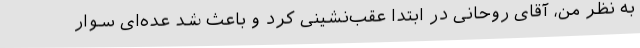
به نظر من، آقای روحانی در ابتدا عقب‌نشینی کرد و باعث شد عده‌ای سوار